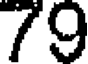
79